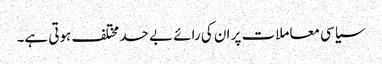
سیاسی معاملات پر ان کی رائے بے حد مختلف ہوتی ہے۔